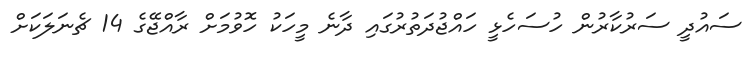
ސައުދީ ސަރުކާރުން ހުސަހެޅީ ހައްޖުދަތުރުގައި ދާނެ މީހަކު ހޮވުމަށް ރާއްޖޭގެ 14 ޗެނަލަކަށް